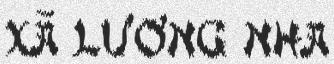
xã lương nha